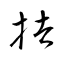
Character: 拮